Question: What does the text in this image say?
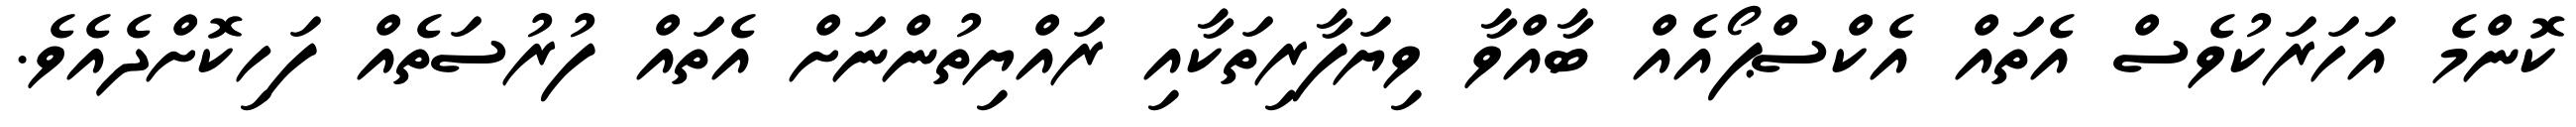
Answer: ކޮންމެ އަހަރަކުވެސް އެތައް އެކްސްޕޯއެއް ބާއްވާ ވިޔަފާރިތަކާއި ރައްޔިތުންނަށް އެތައް ފުރުސަތެއް ފަހިކޮށްދެއެވެ.